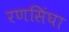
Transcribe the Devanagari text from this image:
रणसिंघा